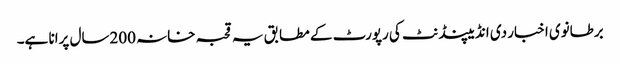
برطانوی اخبار دی انڈیپنڈنٹ کی رپورٹ کے مطابق یہ قحبہ خانہ 200سال پرانا ہے۔